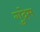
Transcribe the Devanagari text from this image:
गुदेम